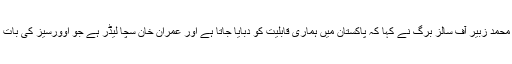
چوہدری محمد زبیر آف سالز برگ نے کہا کہ پاکستان میں ہماری قابلیت کو دبایا جاتا ہے اور عمران خان سچا لیڈر ہے جو اوورسیز کی بات کرتا ہے۔